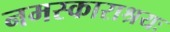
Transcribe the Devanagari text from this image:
नमस्काराश्रयः